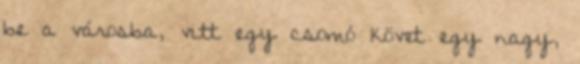
be a városba, vitt egy csomó követ egy nagy,